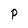
Character: P